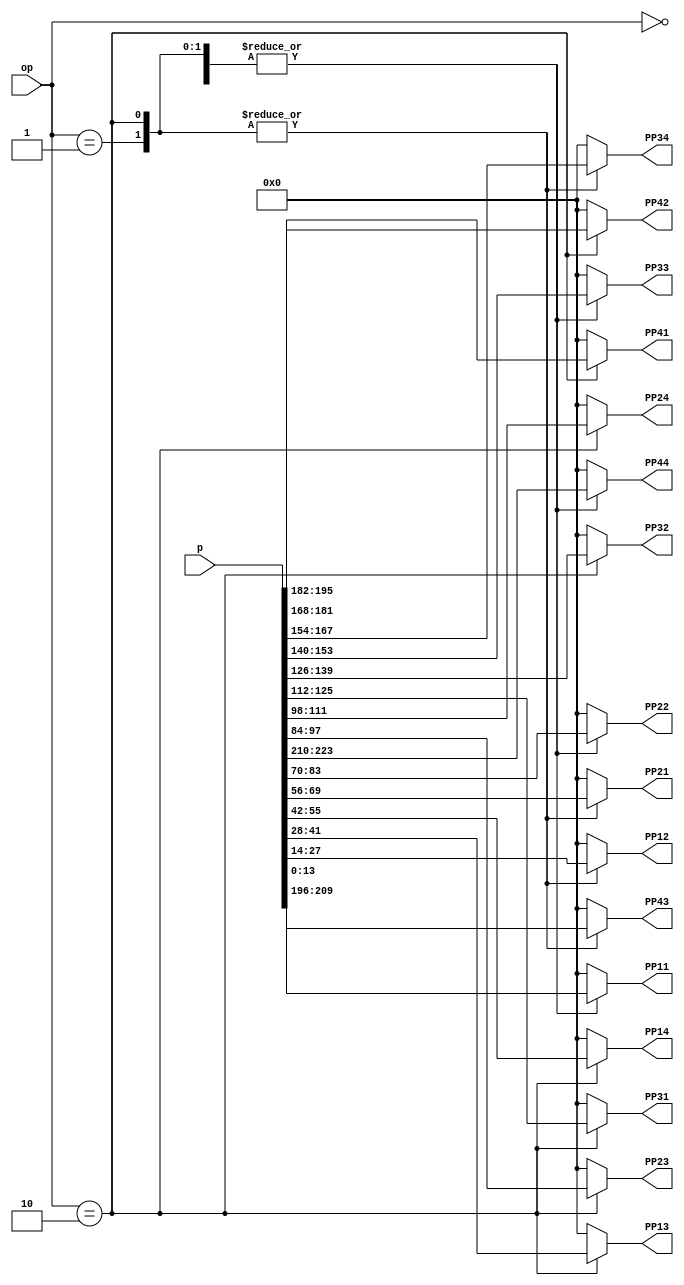
module MatissaPPGate28x28(input wire[223:0]  p,
                          input wire[1:0]    op,
                          output reg[13:0]   PP11,
                          output reg[20:7]   PP12,PP21,
                          output reg[27:14]  PP13,PP22,PP31,
                          output reg[34:21]  PP14,PP23,PP32,PP41,
                          output reg[41:28]  PP24,PP33,PP42,
                          output reg[48:35]  PP34,PP43,
                          output reg[55:42]  PP44);

    wire[13:0] pp[3:0][3:0];

    genvar i,j;

    generate
        for(i=0;i<4;i=i+1)begin
            for(j=0;j<4;j=j+1)begin
                assign pp[i][j][13:0] = p[i*14*4+j*14+13:i*14*4+j*14];
            end
        end
    endgenerate

    always @(*) begin
        case(op)
            2'b00:begin
                PP11 = pp[0][0];
                PP12 = 14'b0;
                PP13 = 14'b0;
                PP14 = 14'b0;
                PP21 = 14'b0;
                PP22 = pp[1][1];
                PP23 = 14'b0;
                PP24 = 14'b0;
                PP31 = 14'b0;
                PP32 = 14'b0;
                PP33 = pp[2][2];
                PP34 = 14'b0;
                PP41 = 14'b0;
                PP42 = 14'b0;
                PP43 = 14'b0;
                PP44 = pp[3][3];
            end
            2'b01:begin
                PP11 = pp[0][0];
                PP12 = pp[0][1];
                PP13 = 14'b0;
                PP14 = 14'b0;
                PP21 = pp[1][0];
                PP22 = pp[1][1];
                PP23 = 14'b0;
                PP24 = 14'b0;
                PP31 = 14'b0;
                PP32 = 14'b0;
                PP33 = pp[2][2];
                PP34 = pp[2][3];
                PP41 = 14'b0;
                PP42 = 14'b0;
                PP43 = pp[3][2];
                PP44 = pp[3][3];
            end
            2'b10:begin
                PP11 = pp[0][0];
                PP12 = pp[0][1];
                PP13 = pp[0][2];
                PP14 = pp[0][3];
                PP21 = pp[1][0];
                PP22 = pp[1][1];
                PP23 = pp[1][2];
                PP24 = pp[1][3];
                PP31 = pp[2][0];
                PP32 = pp[2][1];
                PP33 = pp[2][2];
                PP34 = pp[2][3];
                PP41 = pp[3][0];
                PP42 = pp[3][1];
                PP43 = pp[3][2];
                PP44 = pp[3][3];
            end
            default:begin
                PP11 = 14'b0;
                PP12 = 14'b0;
                PP13 = 14'b0;
                PP14 = 14'b0;
                PP21 = 14'b0;
                PP22 = 14'b0;
                PP23 = 14'b0;
                PP24 = 14'b0;
                PP31 = 14'b0;
                PP32 = 14'b0;
                PP33 = 14'b0;
                PP34 = 14'b0;
                PP41 = 14'b0;
                PP42 = 14'b0;
                PP43 = 14'b0;
                PP44 = 14'b0;
            end
        endcase
    end

endmodule